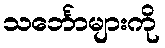
သင်္ဘောများကို